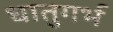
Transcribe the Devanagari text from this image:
धातुगर्भ